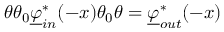
\theta \theta _ { 0 } \underline { { \varphi } } _ { i n } ^ { * } ( - x ) \theta _ { 0 } \theta = \underline { { \varphi } } _ { o u t } ^ { * } ( - x )